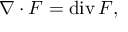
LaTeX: \nabla \cdot F = \operatorname { d i v } F ,